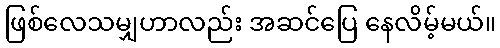
ဖြစ်လေသမျှဟာလည်း အဆင်ပြေ နေလိမ့်မယ်။